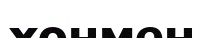
хонмен